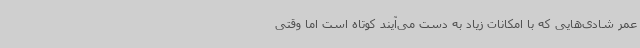
عمر شادی‌هایی که با امکانات زیاد به دست می‌آیند کوتاه است اما وقتی